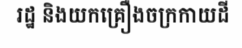
រដ្ឋ និងយកគ្រឿងចក្រកាយដី